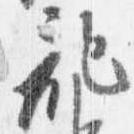
記